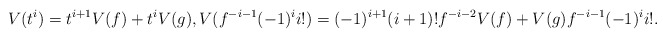
\begin{align*}V(t^i)=t^{i+1}V(f)+t^iV(g),V(f^{-i-1}(-1)^ii!)=(-1)^{i+1}(i+1)!f^{-i-2}V(f)+V(g)f^{-i-1}(-1)^i i!.\end{align*}